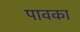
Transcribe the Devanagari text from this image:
पावका